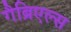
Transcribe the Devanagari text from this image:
गैब्रिएल्स